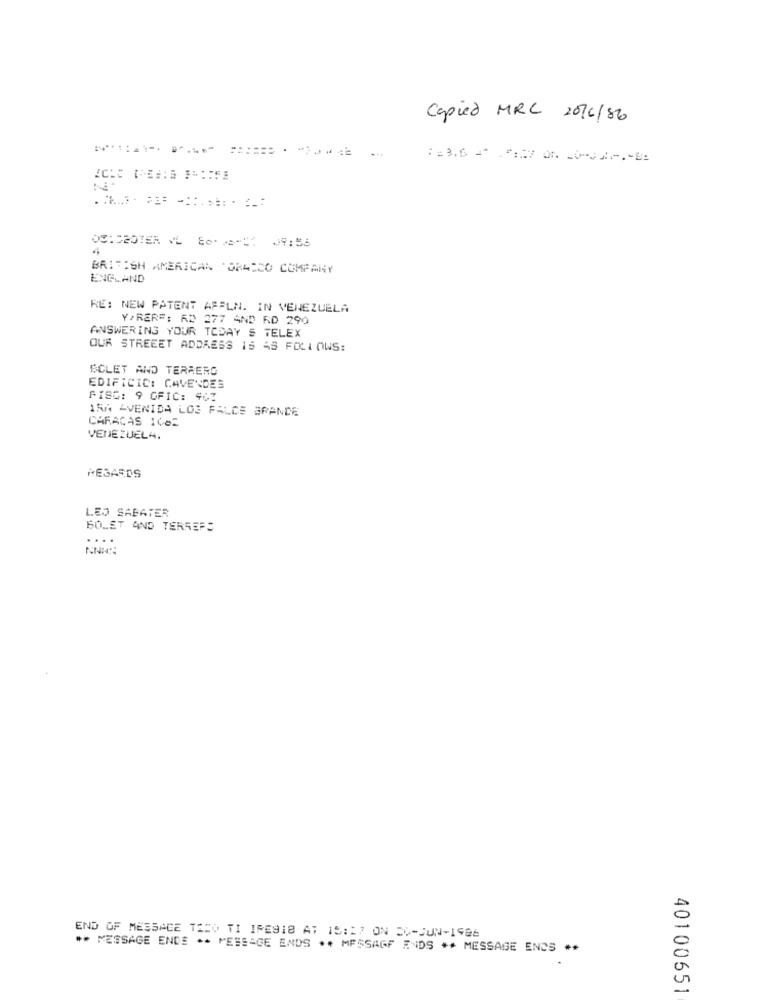
Capied MRC 2016/86
==== 2.
:= 3.6 - 7:27 00 000
OSISBOTER VL EOS- 09:56
BRITISH AMERICAN 'ORASEO COMPANY
ENGLAND
RE: NEW PATENT AFELN. IN VENEZUELA
Y/RER =: RD 277 AND RD 290
ANSWERING YOUR TODAY S TELEX
OUR STREEET ADDRESS IS AS FOLLOWS:
SCLET AND TERRERO
EDIFICIC: CAVENDES
FISC: 9 GFIC: 401
15A AVENIDA LOS FALCE GRANDE
CARACAS 1682
VENEZUELA.
REGARDS
LEO SABATER
60.ET AND TERSEFS
NNNN:
END OF MESSACE TADO TI IRE918 AT 18:27 ON DO-JUN-1986
** MESSAGE ENDE ** MESSAGE ENDS ** MESSAGE ENDS ** MESSAGE ENCS **
40100651